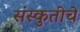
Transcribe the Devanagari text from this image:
संस्कुतीचे